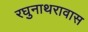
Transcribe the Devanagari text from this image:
रघुनाथरावास